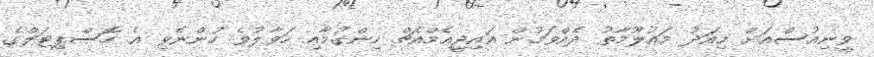
ވީނިއުސްއަށް މިއަދު މައުލޫމާތު ދެއްވަމުން އައިޖީއެމްއެޗް ހިންގުމާއި ހަވާލުވެ ހުންނެވި އެ ހޮސްޕިޓަލްގެ